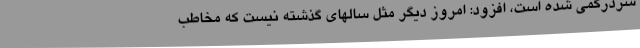
سردرگمی شده است، افزود: امروز دیگر مثل سالهای گذشته نیست که مخاطب